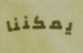
يمكننا